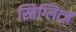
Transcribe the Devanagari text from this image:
स्तिग्लित्ज़